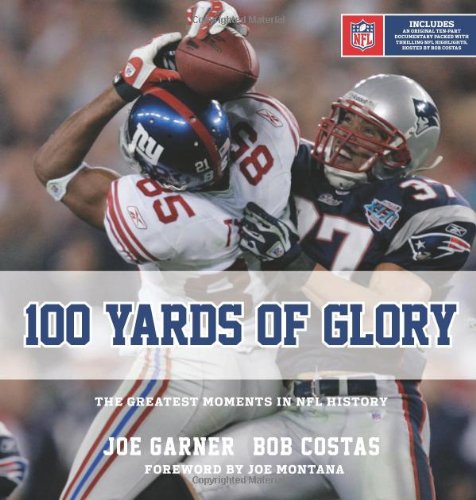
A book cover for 100 Yards of Glory: The Greatest Moments in NFL History; Joe Garner; Sports & Outdoors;